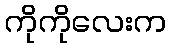
ကိုကိုလေးက